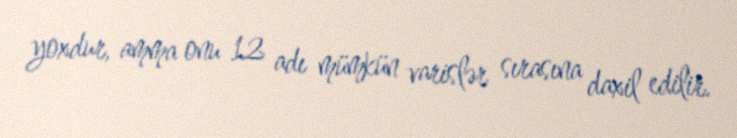
yoxdur, amma onu 12 adı mümkün varislər sırasına daxil edilir.